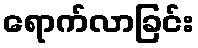
ရောက်လာခြင်း